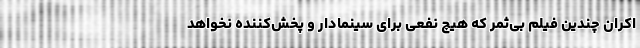
اکران چندین فیلم بی‌ثمر که هیچ نفعی برای سینمادار و پخش‌کننده نخواهد